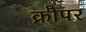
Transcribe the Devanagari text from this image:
क्रौपर